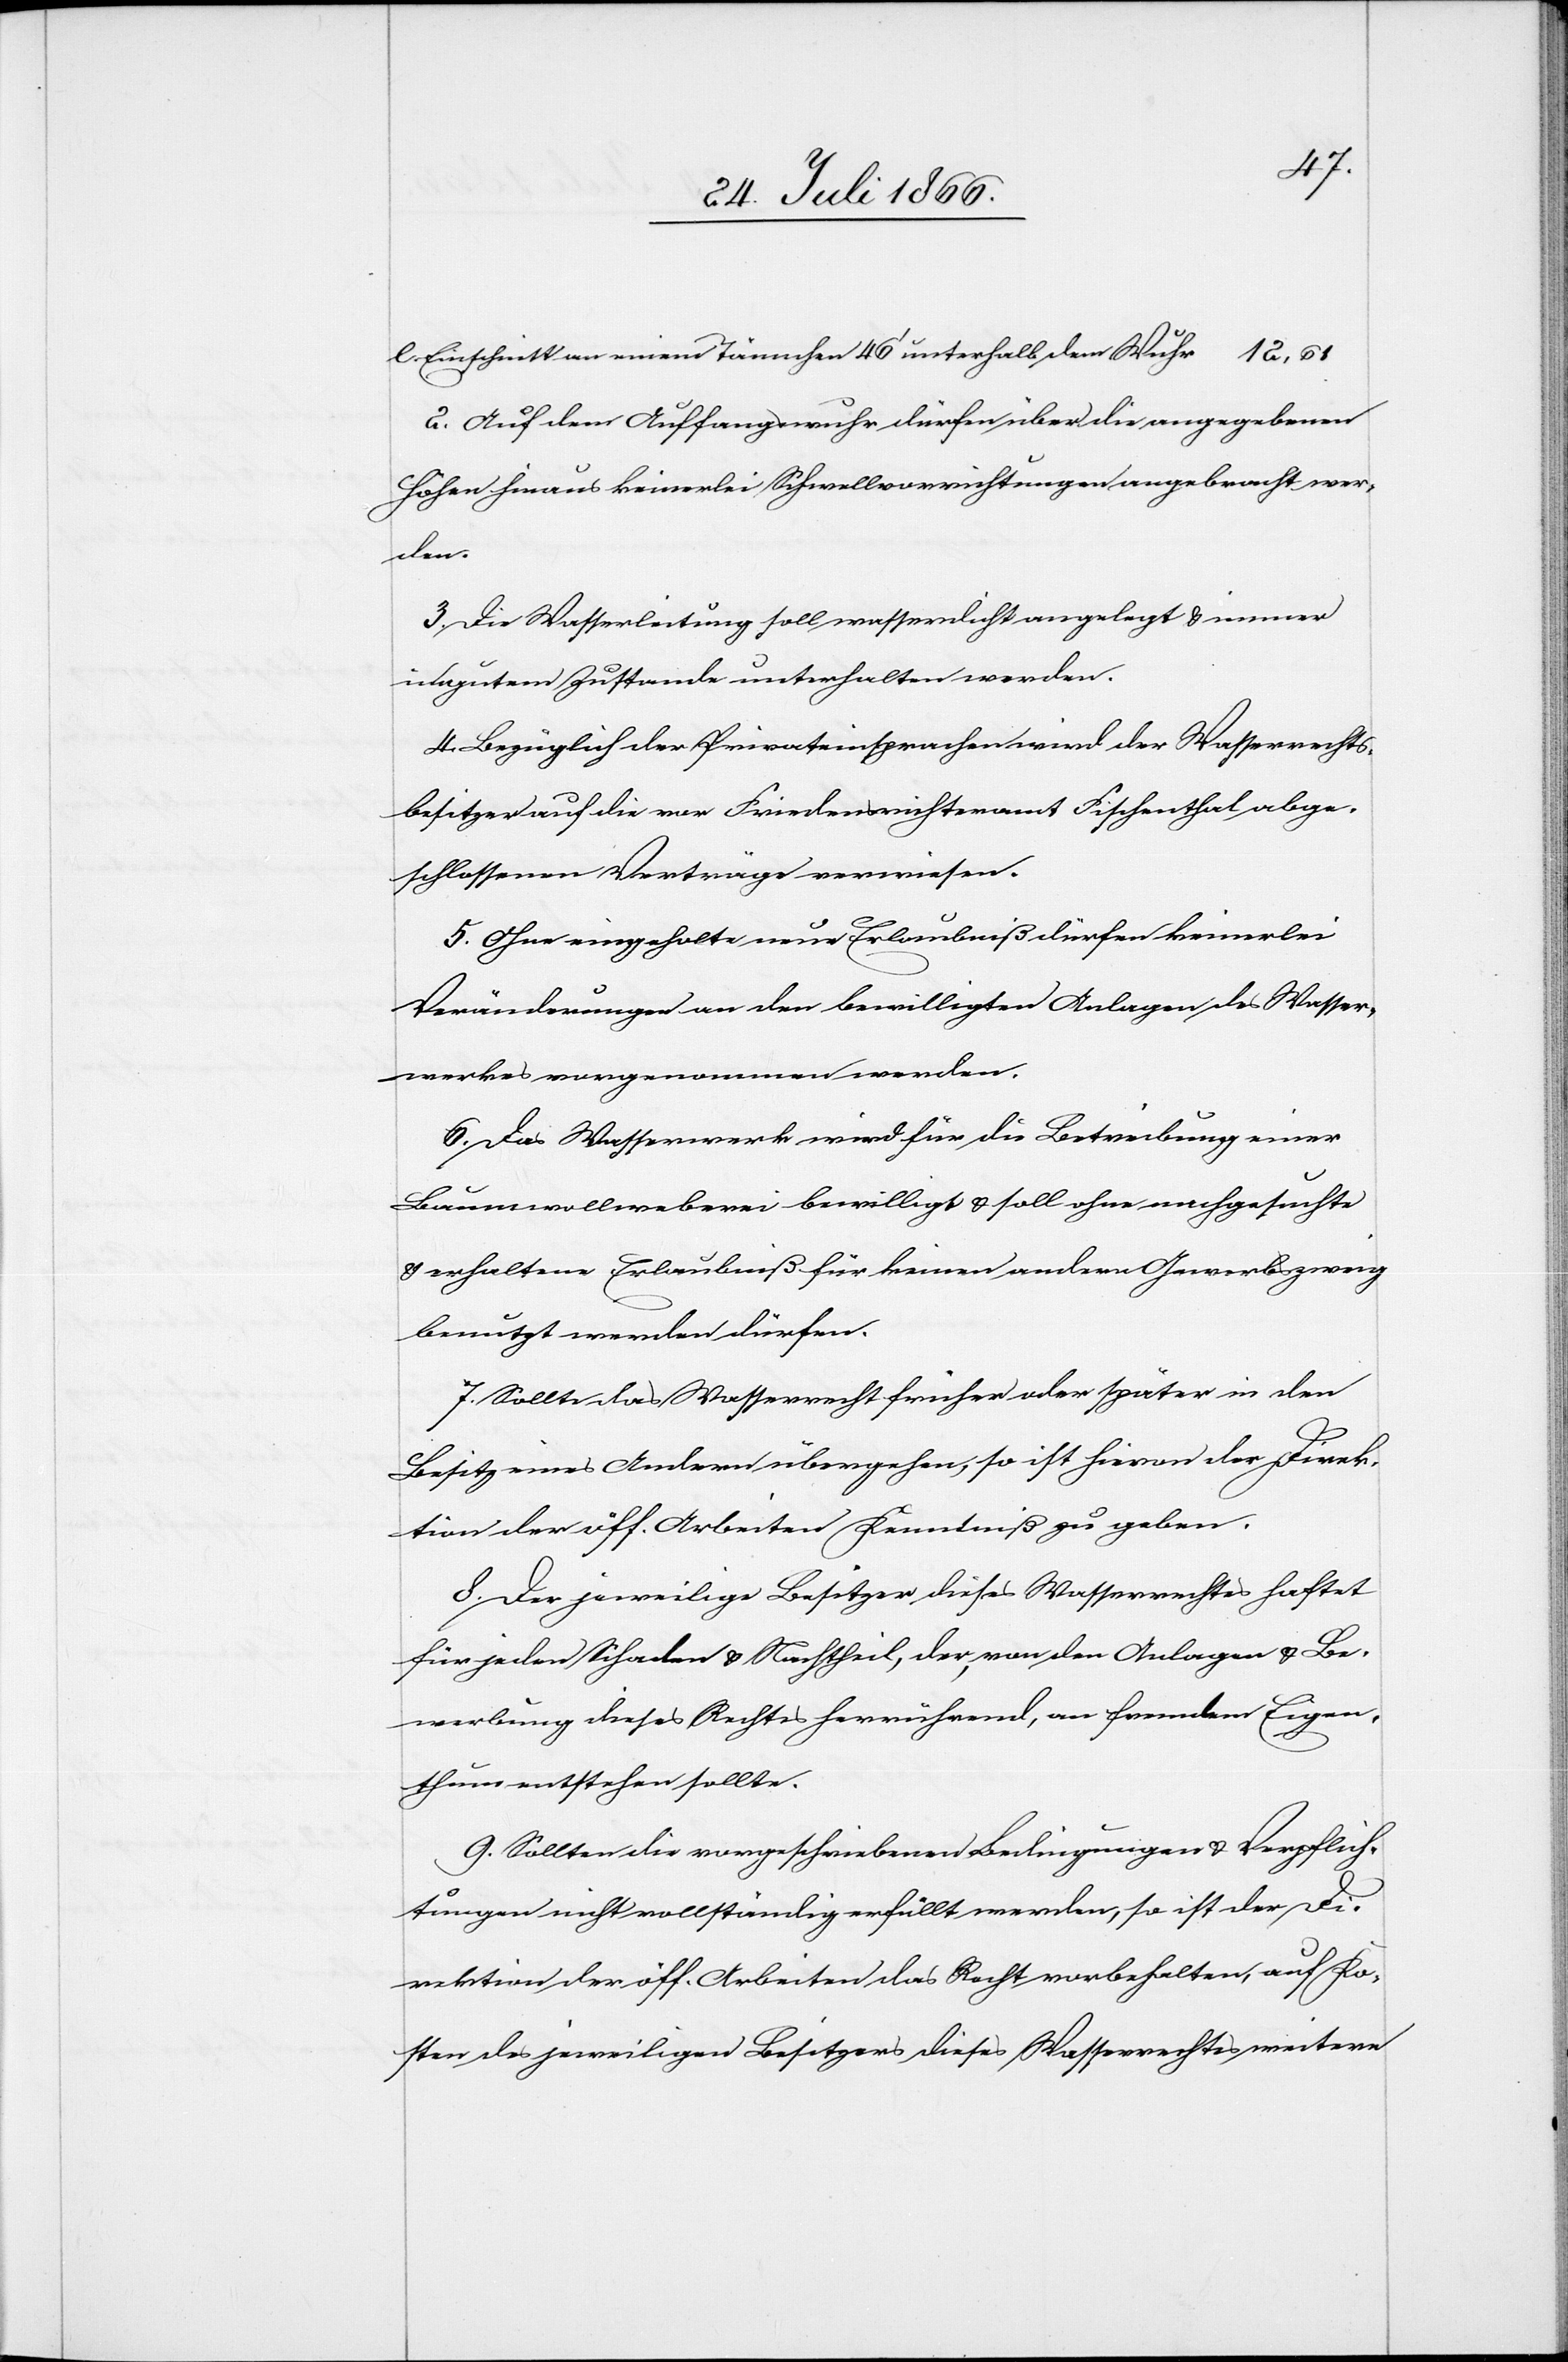
Einschnitt an einem Tännchen 46‘ unterhalb der Wuhr
2. Auf dem Auffangswuhr dürfen über angegebenen
Höhen hinaus keinerlei Schwellvorrichtungen angebracht wer¬
den.
3. Die Wasserleitung soll wasserdicht angelegt u. immer
in gutem Zustande unterhalten werden.
4. Bezüglich der Privateinsprachen wird der Wasserrechts¬
besitzer auf die vor Friedensrichteramt Fischenthal abge¬
schlossenen Verträge verwiesen.
5. Ohne eingeholte neue Erlaubniß dürfen keinerlei
Veränderungen an den bewilligten Anlagen des Wasser¬
werkes vorgenommen werden.
6. Das Wasserwerk wird für die Betreibung einer
Baumwollweberei bewilligt u. soll ohne nachgesuchte
u. erhaltene Erlaubniß für keinen andern Gewerbszweig
benutzt werden dürfen.
7. Sollte das Wasserrecht früher oder später in den
Besitz eines Andern übergehen, so ist hievon der Direk¬
tion der öff. Arbeiten Kenntniß zu geben.
8. Der jeweilige Besitzer dieses Wasserechtes haftet
für jeden Schaden u. Nachtheil, der, von den Anlagen u. Be¬
werbung dieses Rechts herrührend, an fremdem Eigen¬
thum entstehen sollte.
9 Sollten die vorgeschriebenen Bedingungen u. Verpflich¬
tungen nicht vollständig erfüllt werden, so ist der Di¬
rektion der öff. Arbeiten das Recht vorbehalten, auf Ko¬
sten des jeweiligen Besitzers dieses Wasserrechtes weitere